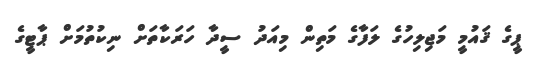
ޕީގެ ޤައުމީ މަޖިލިހުގެ ލަފާގެ މަތިން މިއަދު ސީދާ ހަރަކާތަށް ނިކުތުމަށް ޕާޓީގެ